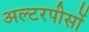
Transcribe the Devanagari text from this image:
अल्टरपीसों